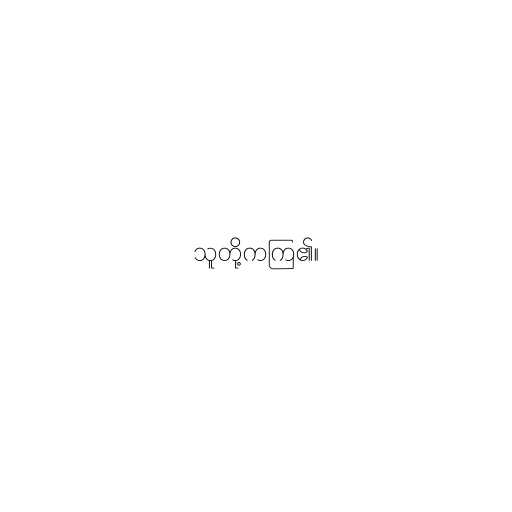
သူတို့ကကြ၏။